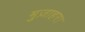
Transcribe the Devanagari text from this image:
मुज़ाहरा